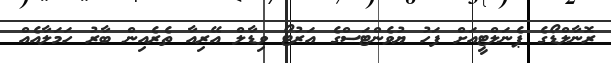
ރޮނާލްޑޯގެ ޕެނަލްޓީއަށް ފަހު ޔުވެންޓަސްގެ އަރުޓޯ ވިޑާލް އޭރިއާ ތެރެއިން ބާރު ހަމަލާއެއް